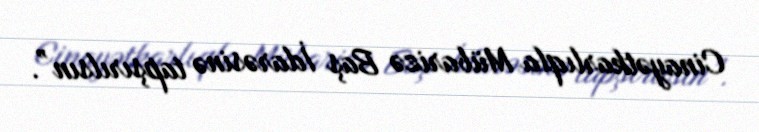
Cinayətkarlıqla Mübarizə Baş İdarəsinə tapşırılsın”.